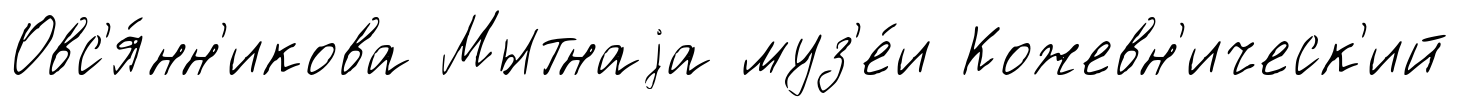
Овс'я́нн'икова Мытнаjа муз'е́и Кожевн'ическ'ий